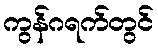
ကွန်ဂရက်တွင်